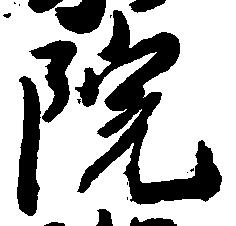
院